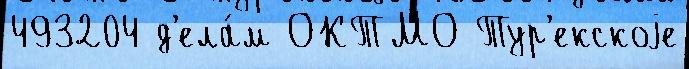
493204 д'ела́м ОКТМО Тур'екскоjе